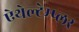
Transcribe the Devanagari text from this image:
ऐथेल्टेम्प्लर